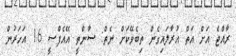
ރާއްޖެ އަށް އަތް އުރާލައިގެން ތިބެވޭކަށް ނެތް: ސާންތީ އޭއެފްސީ 16 އަހަރުން